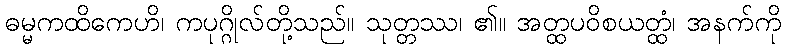
ဓမ္မကထိကေဟိ၊ ကပုဂ္ဂိုလ်တို့သည်။ သုတ္တဿ၊ ၏။ အတ္ထပဝိစယတ္ထံ၊ အနက်ကို